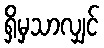
ရှိမှသာလျှင်